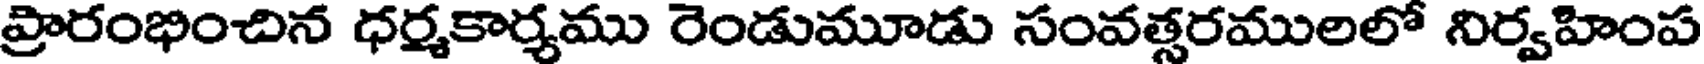
ప్రారంభించిన ధర్మకార్యము రెండుమూడు సంవత్సరములలో నిర్వహింప